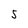
Character: 5